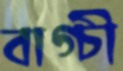
বাগ্চী